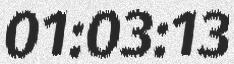
01:03:13